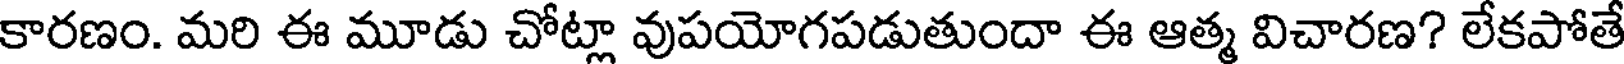
కారణం. మరి ఈ మూడు చోట్లా వుపయోగపడుతుందా ఈ ఆత్మ విచారణ? లేకపోతే